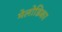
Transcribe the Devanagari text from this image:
मेलोडिका